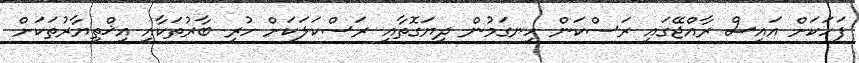
ފަހަކަށް އައިސް ރާއްޖޭގައި ރަސްކަން ހިނގަމުން ދިޔަގޮތާއި ރަސްކަލަކަށް ހުރި ބާރުތަކާއި އިޚްތިޔާރުތަކަށް